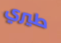
طيري